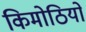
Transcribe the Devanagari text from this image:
किमोठियों